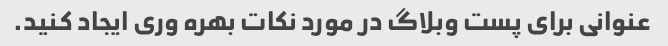
عنوانی برای پست وبلاگ در مورد نکات بهره وری ایجاد کنید.